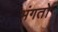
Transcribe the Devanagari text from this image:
भंगतो